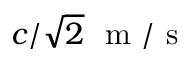
c / \sqrt { 2 } \ \mathrm { ~ m ~ / ~ s ~ }